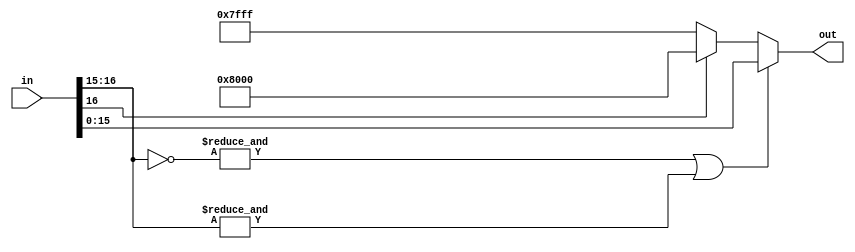
/////////////////////////////////////////////////////////////////////////////////////
//                                                                                 //
// Module : Signed saturator for integer arithemtic                                //
//                                                                                 //
//                                                                                 //
// Copyright Superlative Semiconductor LLC 2021                                    //
// This source describes Open Hardware and is licensed under the CERN-OHL-P v2     //
// You may redistribute and modify this documentation and make products            //
// using it under the terms of the CERN-OHL-P v2 (https:/cern.ch/cern-ohl).        //
// This documentation is distributed WITHOUT ANY EXPRESS OR IMPLIED                //
// WARRANTY, INCLUDING OF MERCHANTABILITY, SATISFACTORY QUALITY                    //
// AND FITNESS FOR A PARTICULAR PURPOSE. Please see the CERN-OHL-P v2              //
// for applicable conditions.                                                      //
//                                                                                 //
// Description:                                                                    //
//    This code performs a parameterizable signed saturation                       //
//                                                                                 //
//    Revisions:                                                                   //
//                                                                                 //
/////////////////////////////////////////////////////////////////////////////////////

module signed_saturate #(parameter WIDTH_IN=16, WIDTH_OUT=15)
    (
        input     wire     signed    [WIDTH_IN:0]     in,
        output    wire     signed    [WIDTH_OUT:0]    out
    );
    
    wire   saturate, is_input_neg;
    wire   signed [WIDTH_OUT:0]   max_out, min_out;
    
    assign is_input_neg = in[WIDTH_IN];
    //If all of the bits in the part to be thrown away plus the MSB of the output
    //are the same, then there is no need to saturate, otherwise, there is.

    assign saturate     = ~(&(~in[WIDTH_IN:WIDTH_OUT]) || &in[WIDTH_IN:WIDTH_OUT]);

    assign max_out  = {1'b0,{(WIDTH_OUT){1'b1}}};
    assign min_out  = {1'b1,{(WIDTH_OUT){1'b0}}};
    assign out = !saturate ? in[WIDTH_OUT:0] : (is_input_neg ? min_out : max_out);
    
endmodule